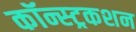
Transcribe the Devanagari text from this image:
कॉन्स्ट्रकशन